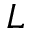
L